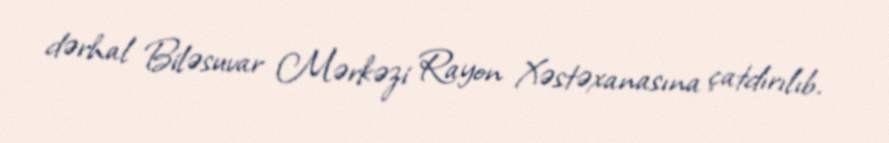
dərhal Biləsuvar Mərkəzi Rayon Xəstəxanasına çatdırılıb.